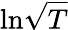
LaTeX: \ln\! \sqrt{T}